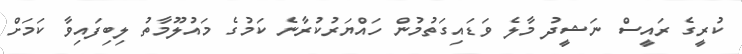
ކުރީގެ ރައީސް ނަޝީދު މާލެ ވަޑައިގަތުމުން ހައްޔަރުކުރާނެ ކަމުގެ މައުލޫމާތު ލިބިފައިވާ ކަމަށް